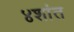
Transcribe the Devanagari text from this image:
४शांत